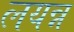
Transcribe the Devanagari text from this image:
लयन्न